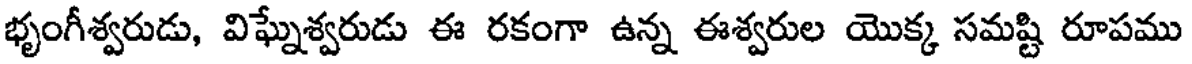
భృంగీశ్వరుడు, విఘ్నేశ్వరుడు ఈ రకంగా ఉన్న ఈశ్వరుల యొక్క సమష్టి రూపము